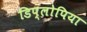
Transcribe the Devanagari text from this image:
डिप्लोपिया